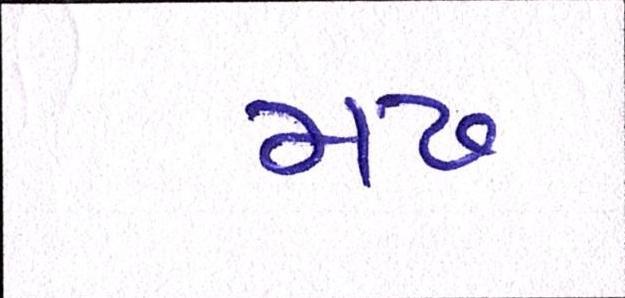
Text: મઢ